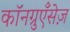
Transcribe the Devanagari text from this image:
कॉनग्रुएँसेज़